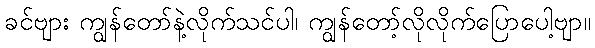
ခင်ဗျား ကျွန်တော်နဲ့လိုက်သင်ပါ၊ ကျွန်တော့်လိုလိုက်ပြောပေါ့ဗျာ။